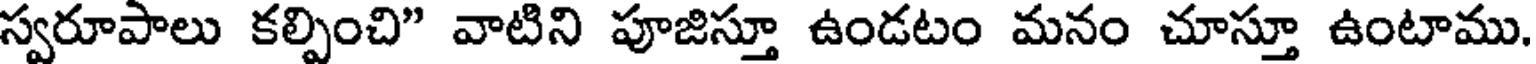
స్వరూపాలు కల్పించి" వాటిని పూజిస్తూ ఉండటం మనం చూస్తూ ఉంటాము